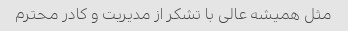
مثل همیشه عالی با تشکر از مدیریت و کادر محترم